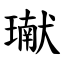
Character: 𤩽